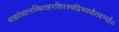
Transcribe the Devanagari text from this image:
बाह्योद्यानस्थितहरशिरश्चंद्रिकाधौतहर्म्या।।